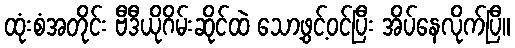
ထုံးစံအတိုင်း ဗီဒီယိုဂိမ်းဆိုင်ထဲ သော့ဖွင့်ဝင်ပြီး အိပ်နေလိုက်ပြီ။